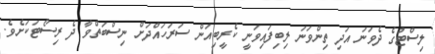
ލިސްޓުގެ ދެވަނަ އަދި ތިންވަނަ ލިބިފައިވަނީ ކެރީބިއަން ސަރަހައްދަށް ނިސްބަތްވާ ދެ ރިސޯޓަކަށެވެ.